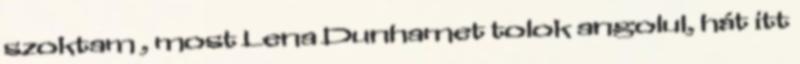
szoktam , most Lena Dunhamet tolok angolul, hát itt